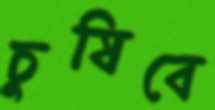
চুষিবে